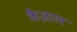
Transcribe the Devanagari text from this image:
कैज़ाल